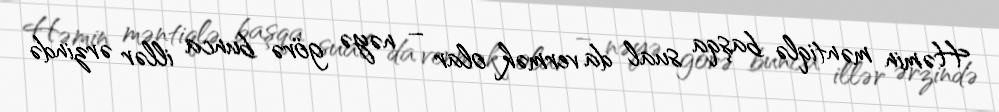
Həmin məntiqlə başqa sual da vermək olar – nəyə görə bunca illər ərzində